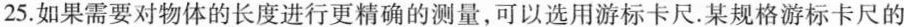
25.如果需要对物体的长度进行更精确的测量，可以选用游标卡尺.某规格游标卡尺的